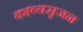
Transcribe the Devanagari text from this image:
काव्यसृजन